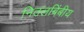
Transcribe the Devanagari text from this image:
नितलबिंबीय